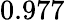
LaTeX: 0.977